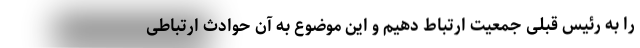
را به رئیس قبلی جمعیت ارتباط دهیم و این موضوع به آن حوادث ارتباطی